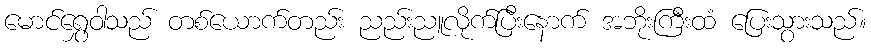
မောင်ရွှေဝါသည် တစ်ယောက်တည်း ညည်းညူလိုက်ပြီးနောက် အဘိုးကြီးထံ ပြေးသွားသည်။